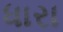
ધારા